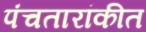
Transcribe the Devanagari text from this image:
पंचतारांकीत